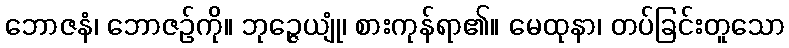
ဘောဇနံ၊ ဘောဇဉ်ကို။ ဘုဉ္ဇေယျုံ၊ စားကုန်ရာ၏။ မေထုနာ၊ တပ်ခြင်းတူသော